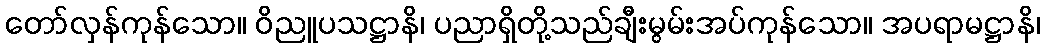
တော်လှန်ကုန်သော။ ဝိညူပသဋ္ဌာနိ၊ ပညာရှိတို့သည်ချီးမွမ်းအပ်ကုန်သော။ အပရာမဋ္ဌာနိ၊